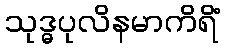
သုဒ္ဓပုလိနမာကိရိံ